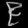
Digit: ၉